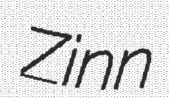
Zinn